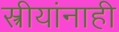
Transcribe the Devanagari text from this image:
स्त्रीयांनाही